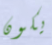
يكون